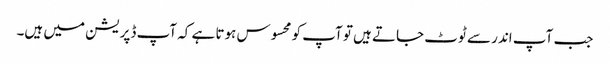
جب آپ اندر سے ٹوٹ جاتے ہیں تو آپ کو محسوس ہوتا ہے کہ آپ ڈپریشن میں ہیں۔